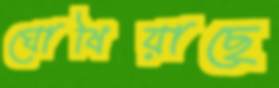
ঘোষিয়াছে